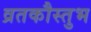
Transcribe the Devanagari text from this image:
व्रतकौस्तुभ